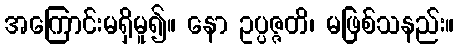
အကြောင်းမရှိမူ၍။ နော ဥပ္ပဇ္ဇတိ၊ မဖြစ်သနည်း။